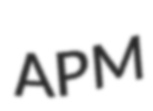
APM